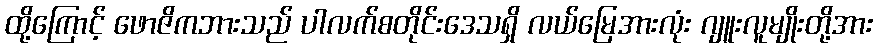
ထို့ကြောင့် ဖောဇိကဘားသည် ပါလက်စတိုင်းဒေသရှိ လယ်မြေအားလုံး ဂျူးလူမျိုးတို့အား